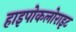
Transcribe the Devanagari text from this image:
हाइपोकलोराइट